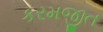
કરમજીત